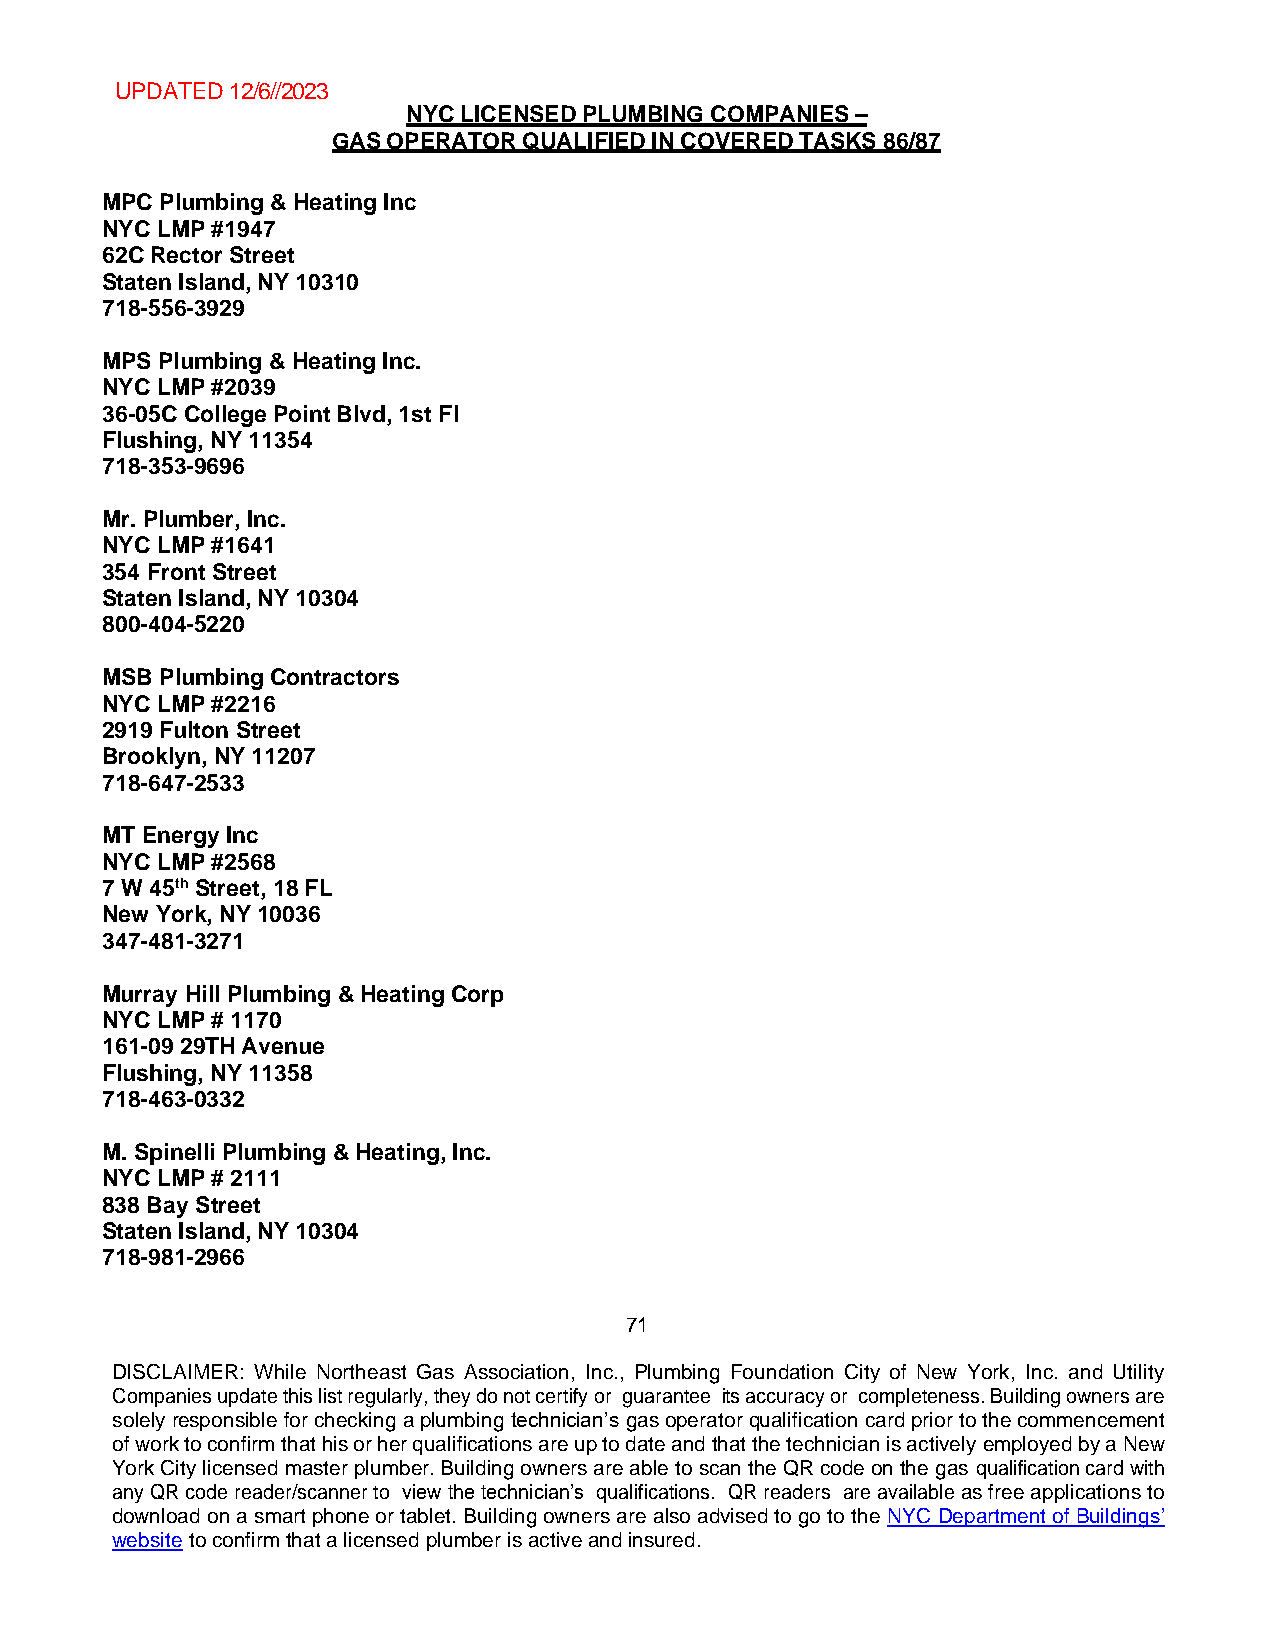
UPDATED 12/6//2023
 NYC LICENSED PLUMBING COMPANIES –
 GAS OPERATOR QUALIFIED IN COVERED TASKS 86/87
 MPC Plumbing & Heating Inc
 NYC LMP #1947
 62C Rector Street
 Staten Island, NY 10310
 718-556-3929
 MPS Plumbing & Heating Inc.
 NYC LMP #2039
 36-05C College Point Blvd, 1st Fl
 Flushing, NY 11354
 718-353-9696
 Mr. Plumber, Inc.
 NYC LMP #1641
 354 Front Street
 Staten Island, NY 10304
 800-404-5220
 MSB Plumbing Contractors
 NYC LMP #2216
 2919 Fulton Street
 Brooklyn, NY 11207
 718-647-2533
 MT Energy Inc
 NYC LMP #2568
 7 W 45th Street, 18 FL
 New York, NY 10036
 347-481-3271
 Murray Hill Plumbing & Heating Corp
 NYC LMP # 1170
 161-09 29TH Avenue
 Flushing, NY 11358
 718-463-0332
 M. Spinelli Plumbing & Heating, Inc.
 NYC LMP # 2111
 838 Bay Street
 Staten Island, NY 10304
 718-981-2966
 71
 DISCLAIMER: While Northeast Gas Association, Inc., Plumbing Foundation City of New York, Inc. and Utility
 Companies update this list regularly, they do not certify or guarantee its accuracy or completeness. Building owners are
 solely responsible for checking a plumbing technician’s gas operator qualification card prior to the commencement
 of work to confirm that his or her qualifications are up to date and that the technician is actively employed by a New
 York City licensed master plumber. Building owners are able to scan the QR code on the gas qualification card with
 any QR code reader/scanner to view the technician’s qualifications. QR readers are available as free applications to
 download on a smart phone or tablet. Building owners are also advised to go to the NYC Department of Buildings’
 website to confirm that a licensed plumber is active and insured.